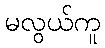
မလွယ်ကူ